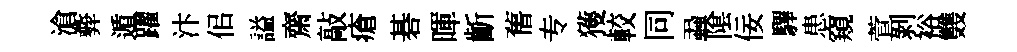
滄彜遁躍汴佀謚齋敲瘡碁暉齗𦾔专獲較同蝨隂佞驆患窺萱剝裕䨇